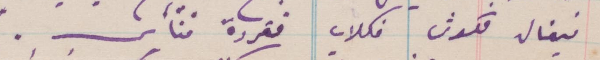
فبغال فكدش فكلاب فقردة فناس.